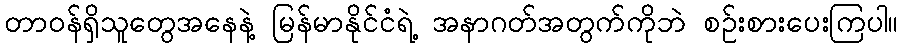
တာဝန်ရှိသူတွေအနေနဲ့ မြန်မာနိုင်ငံရဲ့ အနာဂတ်အတွက်ကိုဘဲ စဉ်းစားပေးကြပါ။